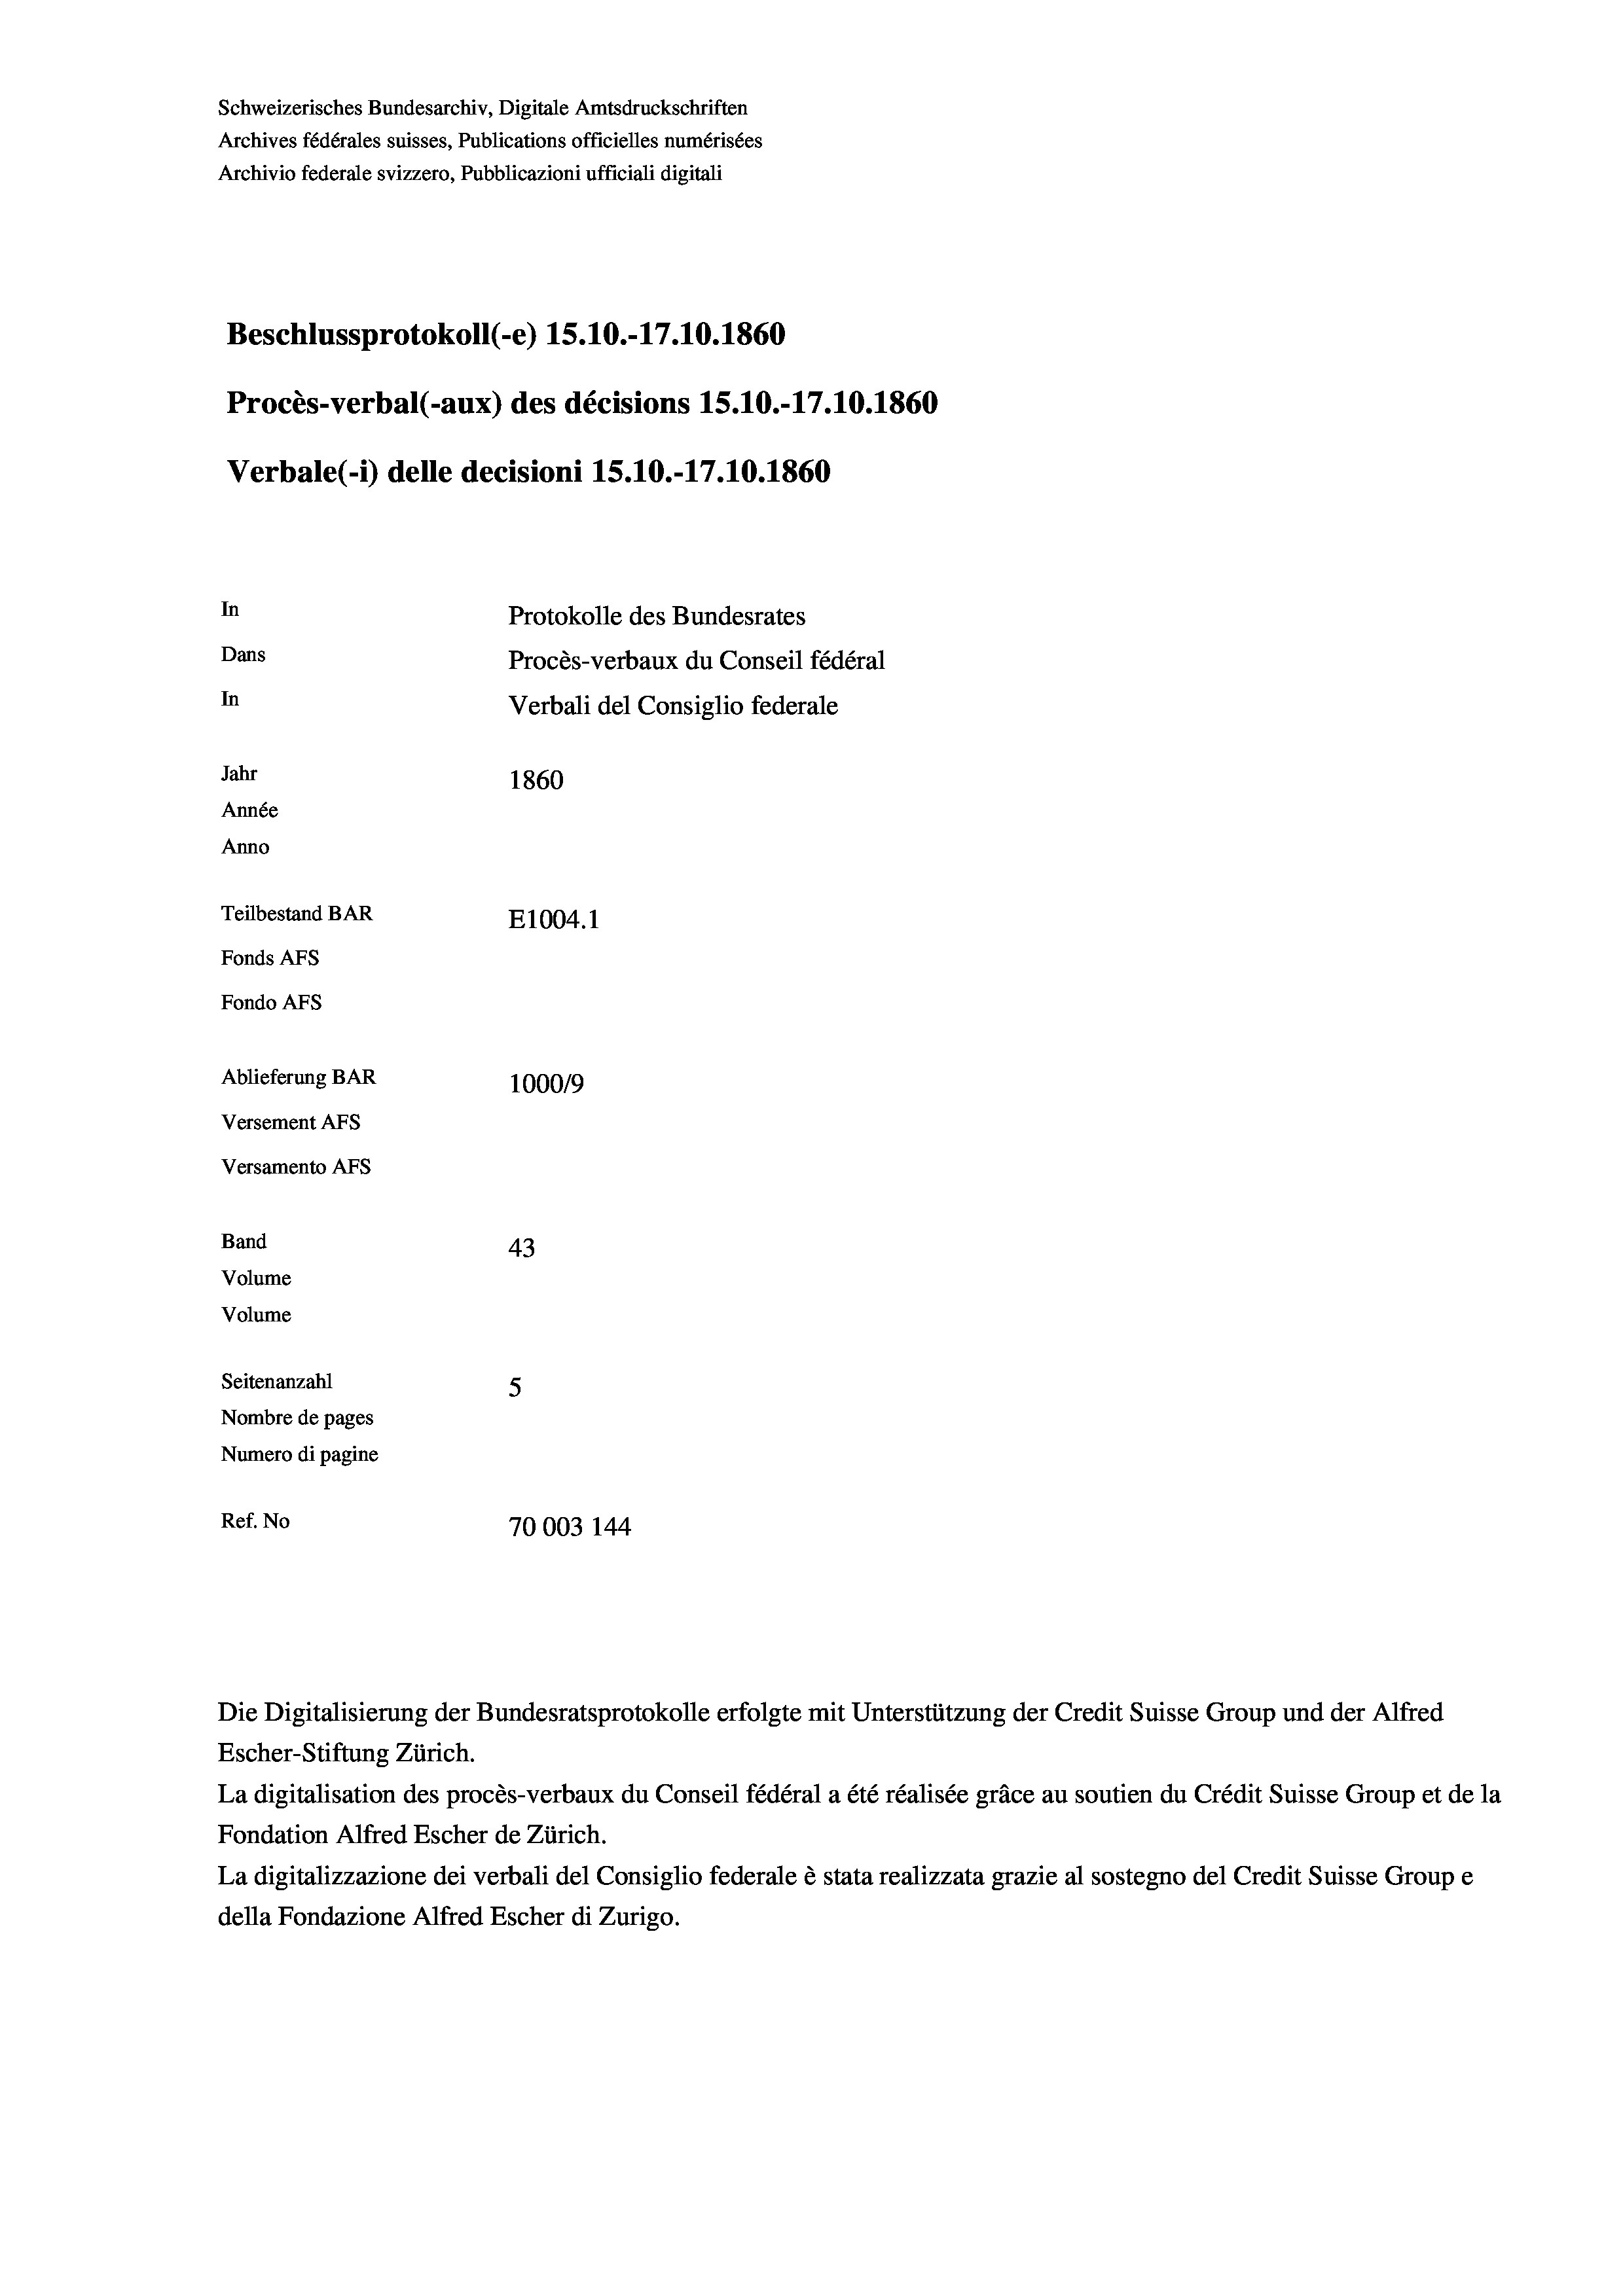
Schweizerisches Bundesarchiv, Digitale Amtsdruckschriften
Archives fédérales suisses, Publications officielles numérisées
Archivio federale svizzero, Pubblicazioni ufficiali digitali
Beschlussprotokoll (-e) 15.10.-17.10.1860
Procès-verbal (-aux) des décisions 15.10.-17.10.1860
Verbale(-*) delle decisioni 15.10.-17.10.1860
In
Protokolle des Bundesrates
Dans
Procès-verbaux du Conseil fédéral
In
Verbali del Consiglio federale
Jahr
1860
Année
Anno
Teilbestand BAR
E1004.1
Fonds AFs
Fondo AFS
Ablieferung BAR
100019

Versement AFs
Versamento AFs
Band
Volume
Volume
Seitenanzahl

43
5
Nombre de pages
Numero di pagine
Ref. No
70003 144

Escher-Stiftung Zürich.
La digitalisation des procès-verbaux du Conseil fédéral a été réalisée gräce au soutien du Crédit Suisse Group et de la
Fondation Alfred Escher de Zürich.
La digitalizzazione dei verbali del Consiglio federale è stata realizzata grazie al sostegno del Credit Suisse Groupe
della Fondazione Alfred Escher di Zurigo.

Die Digitalisierung der Bundesratsprotokolle erfolgte mit Unterstützung der Credit Suisse Group und der Alfred